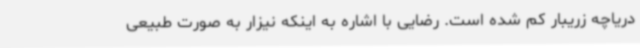
دریاچه زریبار کم شده است. رضایی با اشاره به اینکه نیزار به صورت طبیعی